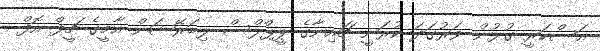
އަސްކަރީ ގުޅުން ވަރުގަދަ ކުރަނީ ޗައިނާގެ ޕީޕްލްސް ލިބަރޭޝަން އާމީގެ ޗީފް އޮފް